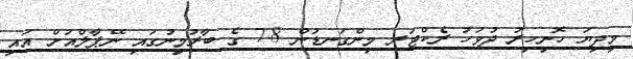
މިދިޔަ ހޮނިހިރު ދުވަހު ރެކްޓަރ މިންގަނޑުން 7.8 ގެ ބާރުމިނުގައި ނޭޕާލްއަށް އައި